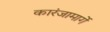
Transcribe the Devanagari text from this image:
कारंजामार्गे